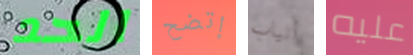
الحد إتضح أنياب عليه